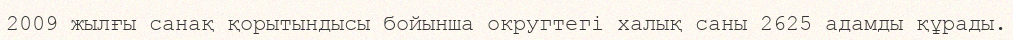
2009 жылғы санақ қорытындысы бойынша округтегі халық саны 2625 адамды құрады.